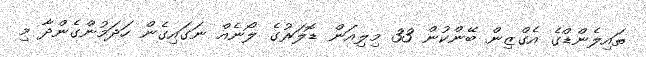
ތައިލެންޑްގެ އެގްޒިން ބޭންކުން 33 މިލިއަން ޑޮލަރުގެ ލޯނެއް ނަގައިގެން ހަދަމުންގެންދާ މި